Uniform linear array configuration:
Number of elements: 4
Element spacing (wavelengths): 1
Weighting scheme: kaiser
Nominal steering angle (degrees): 15
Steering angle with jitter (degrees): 13.817
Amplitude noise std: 0.05
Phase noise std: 0.05

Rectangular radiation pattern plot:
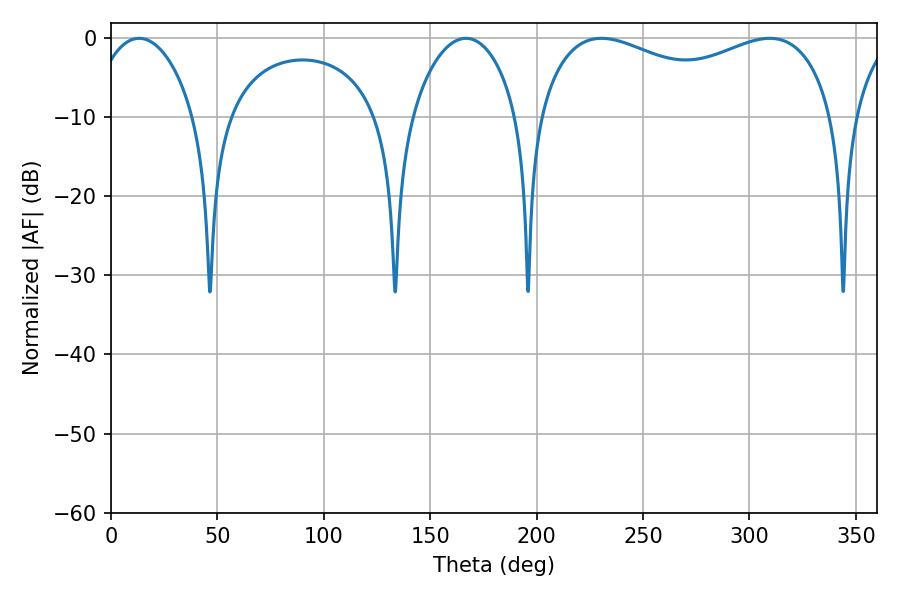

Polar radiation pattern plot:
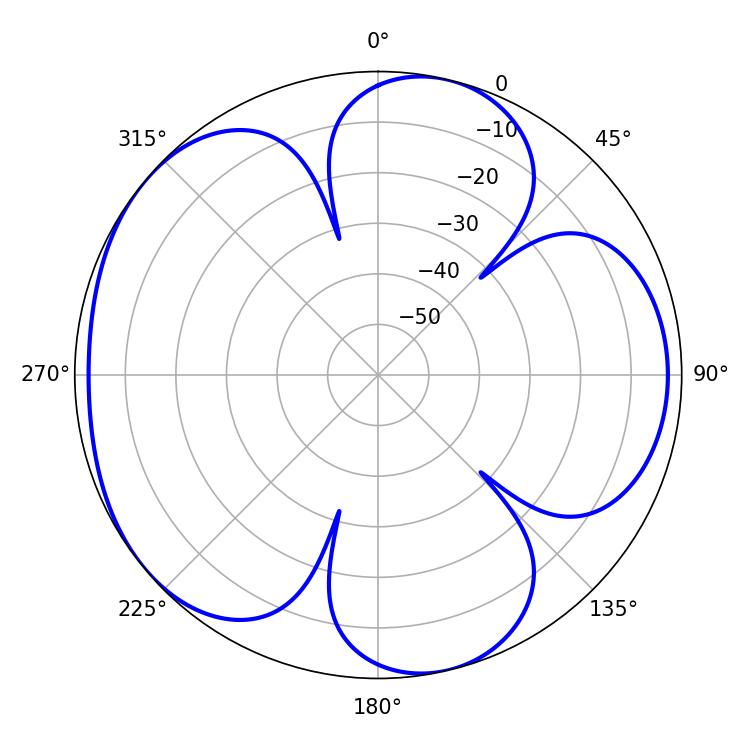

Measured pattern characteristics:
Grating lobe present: TRUE
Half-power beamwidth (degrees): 115.2
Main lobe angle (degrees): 309.6